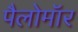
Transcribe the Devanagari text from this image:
पैलोमॉर